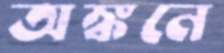
অঙ্কনে